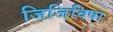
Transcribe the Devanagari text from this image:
जिजिविषा